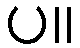
ပ။